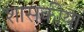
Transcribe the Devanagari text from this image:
शासकीया